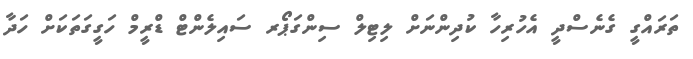
ތަރައްގީ ގެނެސްދީ އެހުރިހާ ކުދިންނަށް ލިޓިލް ސިންގަޕޯރ ސައިލެންޓް ޑްރީމް ހަގީގަތަކަށް ހަދާ